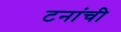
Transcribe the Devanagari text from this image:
टनांची